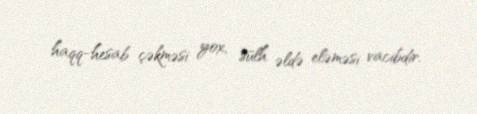
haqq-hesab çəkməsi yox, sülh əldə eləməsi vacibdir.